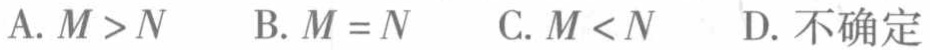
A. $M > N$  B. $M = N$  C. $M < N$  D. 不确定